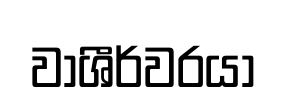
වාශීර්වරයා